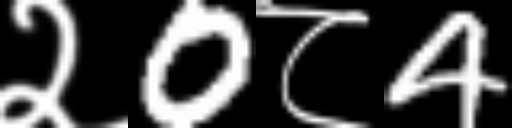
Text: २0८4